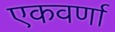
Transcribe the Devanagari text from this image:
एकवर्णा